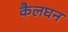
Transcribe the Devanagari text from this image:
कैलघन